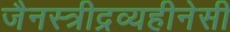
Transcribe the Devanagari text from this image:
जैनस्त्रीद्रव्यहीनेसी